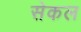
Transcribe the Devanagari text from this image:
सेकल